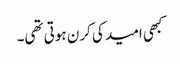
کبھی امید کی کرن ہوتی تھی۔